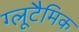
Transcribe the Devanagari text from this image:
ग्लूटैमिक